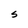
Character: S